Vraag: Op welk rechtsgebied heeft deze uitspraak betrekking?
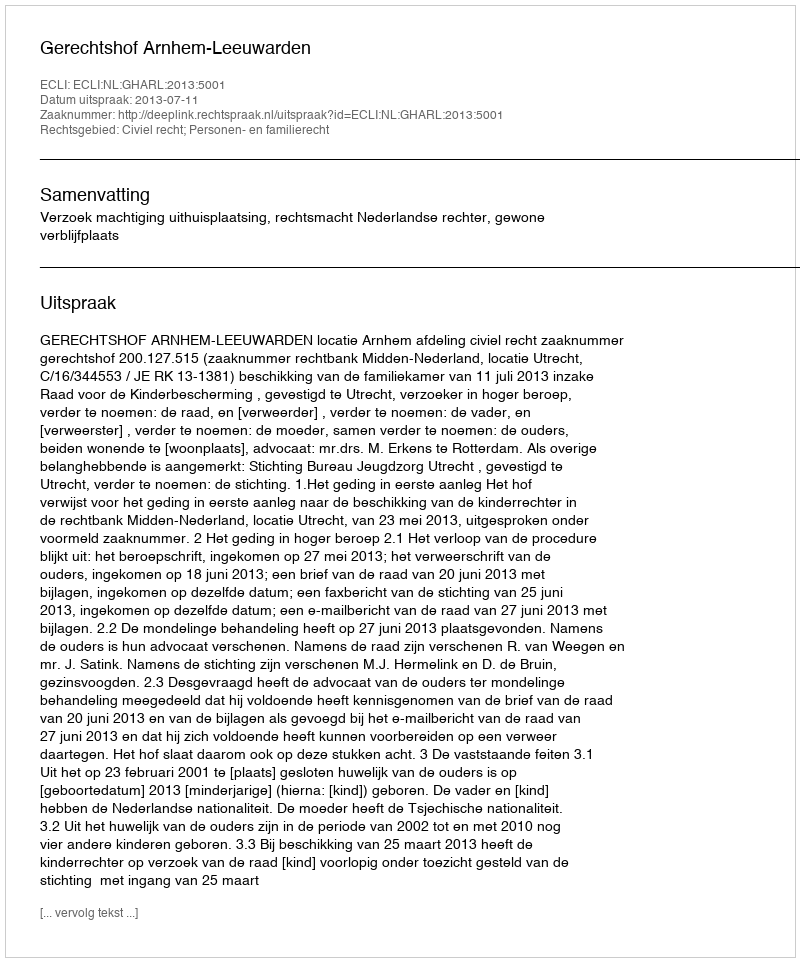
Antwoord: Civiel recht; Personen- en familierecht